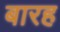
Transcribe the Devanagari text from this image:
बारह